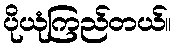
ပိုယုံကြည်တယ်။